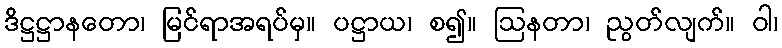
ဒိဋ္ဌဋ္ဌာနတော၊ မြင်ရာအရပ်မှ။ ပဋ္ဌာယ၊ စ၍။ ဩနတာ၊ ညွတ်လျက်။ ဝါ၊